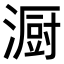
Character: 𪷏